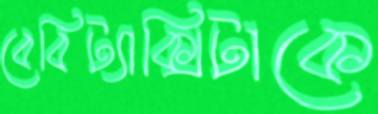
বেবিট্যাক্সিটাকে